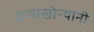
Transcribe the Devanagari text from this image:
दऱ्याखोऱ्यानी